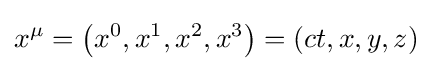
x^{\mu }=\left(x^{0},x^{1},x^{2},x^{3}\right)=(ct,x,y,z)